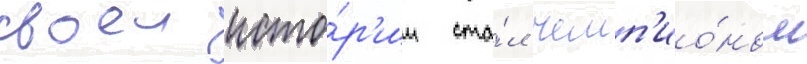
своеи исто́р'ии ста́л чемп'ио́ном